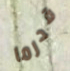
قدرما